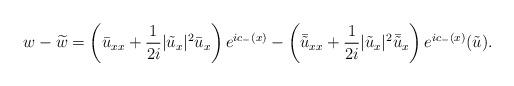
LaTeX: \begin{align*}w-\widetilde{w}=\left(\bar{u}_{xx}+\frac{1}{2 i}|\tilde{u}_x|^2 \bar{u}_x\right)e^{ic_-(x)}-\left(\bar{\tilde{u}}_{xx}+\frac{1}{2i}|\tilde{u}_x|^2 \bar{\tilde{u}}_x\right) e^{ic_-(x)}(\tilde{u}).\end{align*}